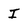
Character: I